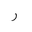
Letter: _ra